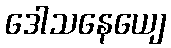
ဒေါသနေယျေ